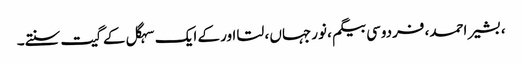
، بشیر احمد، فردوسی بیگم ، نورجہاں ، لتا اور کے ایک سہگل کے گیت سنتے۔